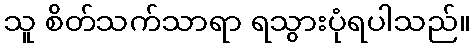
သူ စိတ်သက်သာရာ ရသွားပုံရပါသည်။